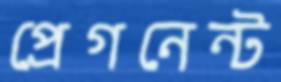
প্রেগনেন্ট